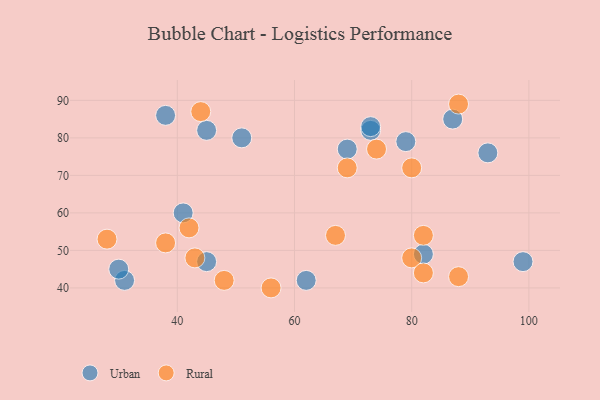
{"axis": {"x": "GDP", "y": "Life Expectancy"}, "legend": ["Rural", "Urban"], "data": [{"x": "41", "y": 60, "type": "Urban"}, {"x": "38", "y": 86, "type": "Urban"}, {"x": "93", "y": 76, "type": "Urban"}, {"x": "82", "y": 49, "type": "Urban"}, {"x": "45", "y": 47, "type": "Urban"}, {"x": "69", "y": 77, "type": "Urban"}, {"x": "99", "y": 47, "type": "Urban"}, {"x": "73", "y": 82, "type": "Urban"}, {"x": "45", "y": 82, "type": "Urban"}, {"x": "51", "y": 80, "type": "Urban"}, {"x": "79", "y": 79, "type": "Urban"}, {"x": "73", "y": 83, "type": "Urban"}, {"x": "31", "y": 42, "type": "Urban"}, {"x": "30", "y": 45, "type": "Urban"}, {"x": "87", "y": 85, "type": "Urban"}, {"x": "62", "y": 42, "type": "Urban"}, {"x": "44", "y": 87, "type": "Rural"}, {"x": "48", "y": 42, "type": "Rural"}, {"x": "80", "y": 48, "type": "Rural"}, {"x": "42", "y": 56, "type": "Rural"}, {"x": "80", "y": 72, "type": "Rural"}, {"x": "56", "y": 40, "type": "Rural"}, {"x": "82", "y": 54, "type": "Rural"}, {"x": "43", "y": 48, "type": "Rural"}, {"x": "82", "y": 44, "type": "Rural"}, {"x": "67", "y": 54, "type": "Rural"}, {"x": "28", "y": 53, "type": "Rural"}, {"x": "74", "y": 77, "type": "Rural"}, {"x": "69", "y": 72, "type": "Rural"}, {"x": "88", "y": 89, "type": "Rural"}, {"x": "88", "y": 43, "type": "Rural"}, {"x": "38", "y": 52, "type": "Rural"}]}